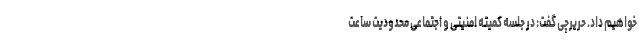
خواهیم داد. حریرچی گفت: در جلسه کمیته امنیتی و اجتماعی محدودیت ساعت